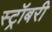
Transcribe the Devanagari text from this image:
स्ट्रॉबरी